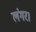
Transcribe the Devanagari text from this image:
लंगर।